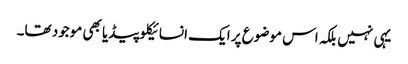
یہی نہیں بلکہ اس موضوع پر ایک انسائیکلوپیڈیا بھی موجود تھا۔